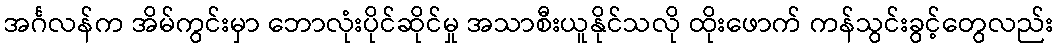
အင်္ဂလန်က အိမ်ကွင်းမှာ ဘောလုံးပိုင်ဆိုင်မှု အသာစီးယူနိုင်သလို ထိုးဖောက် ကန်သွင်းခွင့်တွေလည်း